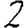
Digit: 2